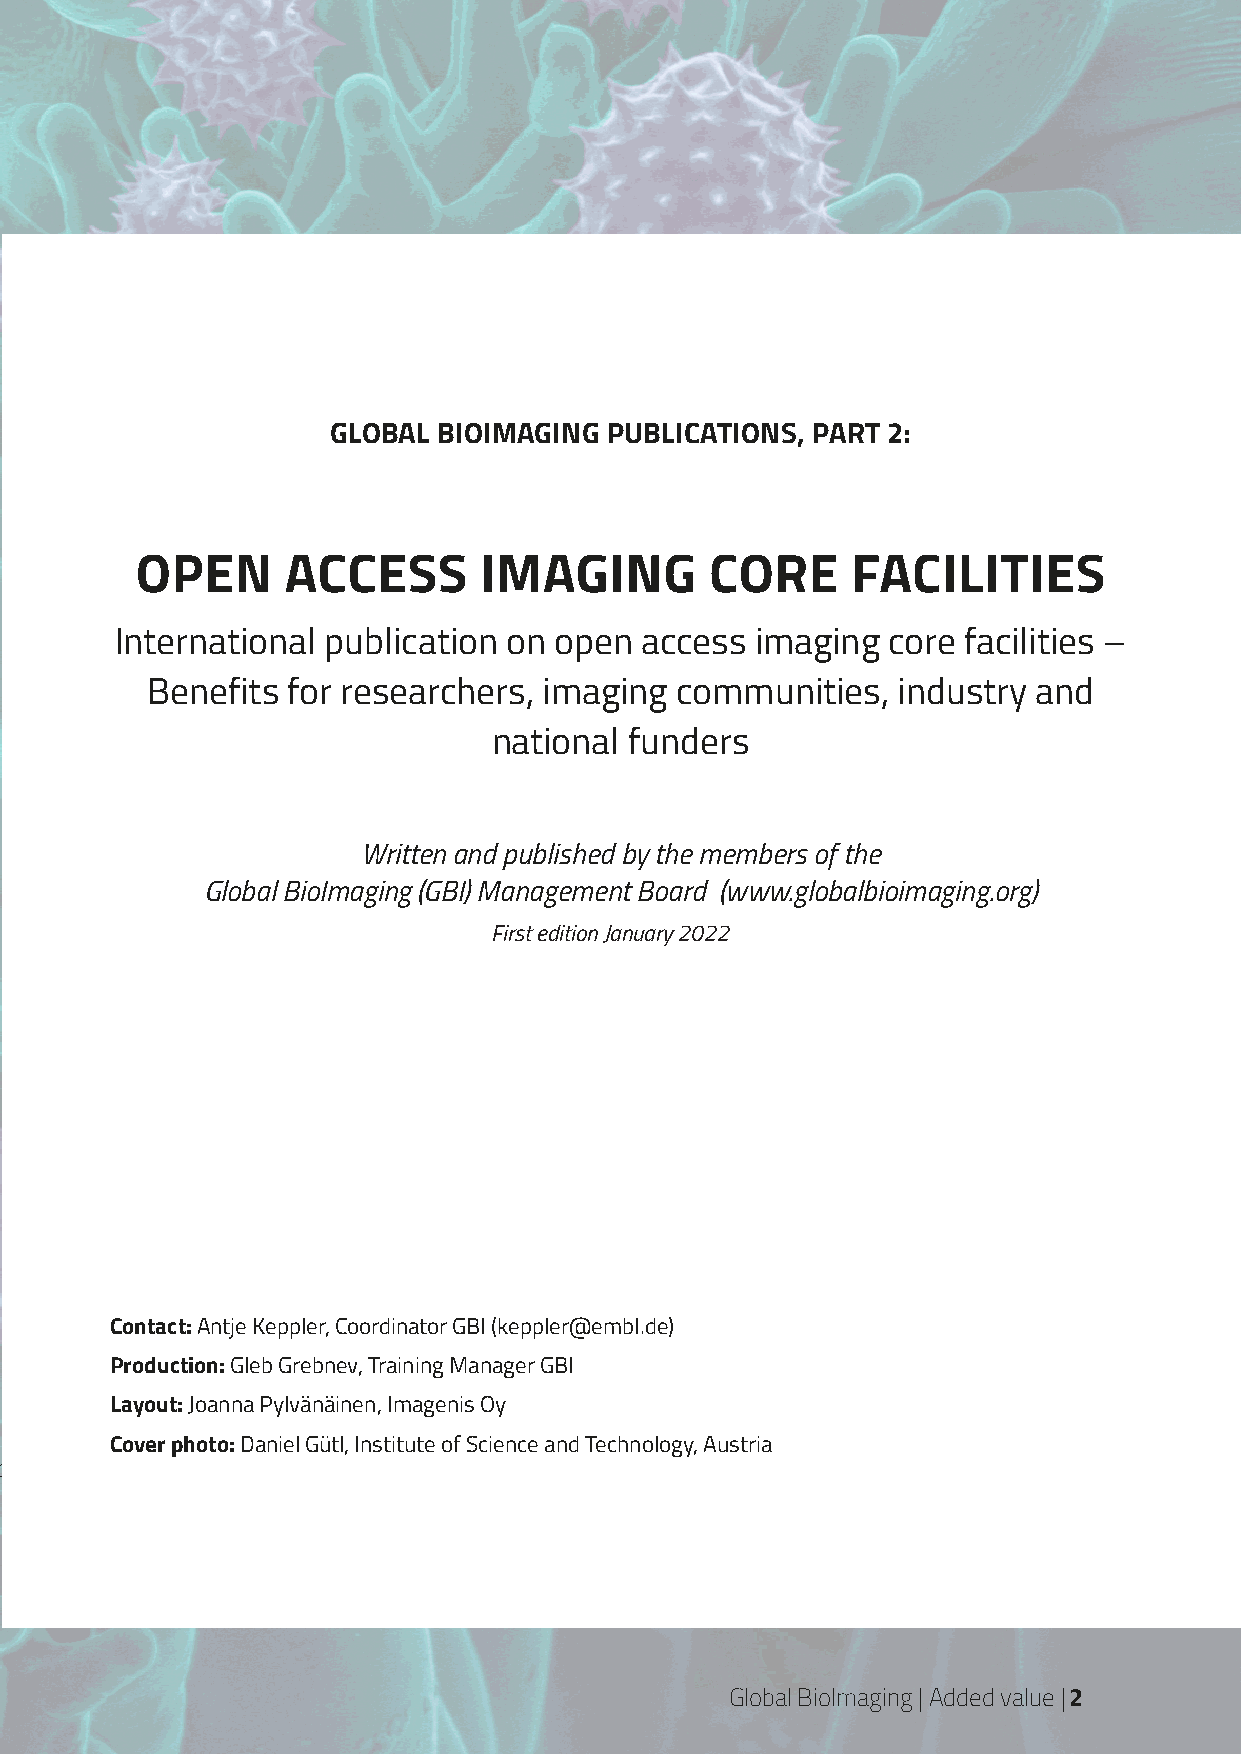
GLOBAL BIOIMAGING PUBLICATIONS, PART 2:
 OPEN      ACCESS       IMAGING        CORE     FACILITIES
 International publication on open access  imaging  core facilities –
 Benefits for researchers, imaging  communities,  industry  and
 national funders
 Written and published by the members of the
 Global BioImaging (GBI) Management Board (www.globalbioimaging.org)
 First edition January 2022
 Contact: Antje Keppler, Coordinator GBI (keppler@embl.de)
 Production: Gleb Grebnev, Training Manager GBI
 Layout: Joanna Pylvänäinen, Imagenis Oy
 Cover photo: Daniel Gütl, Institute of Science and Technology, Austria
 PB| Global Bioimaging | Impact
 Global BioImaging | Added value | 2